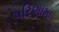
પરિણામા